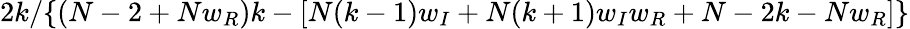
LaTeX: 2k/\{ (N-2+Nw_{R})k-[N(k-1)w_{I}+N(k+1)w_{I}w_{R}+N-2k-Nw_{R}]\}